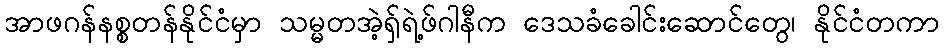
အာဖဂန်နစ္စတန်နိုင်ငံမှာ သမ္မတအဲ့ရှ်ရဲ့ဖ်ဂါနီက ဒေသခံခေါင်းဆောင်တွေ၊ နိုင်ငံတကာ